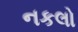
નકલો